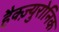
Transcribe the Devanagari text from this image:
हैक्ज़्युरोनिक